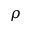
\rho